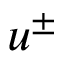
u ^ { \pm }